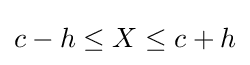
c-h\leq X\leq c+h